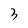
Character: 3